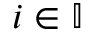
i \in \mathbb { I }